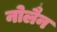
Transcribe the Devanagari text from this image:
नोलैन